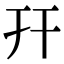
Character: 幵